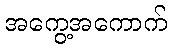
အကွေ့အကောက်